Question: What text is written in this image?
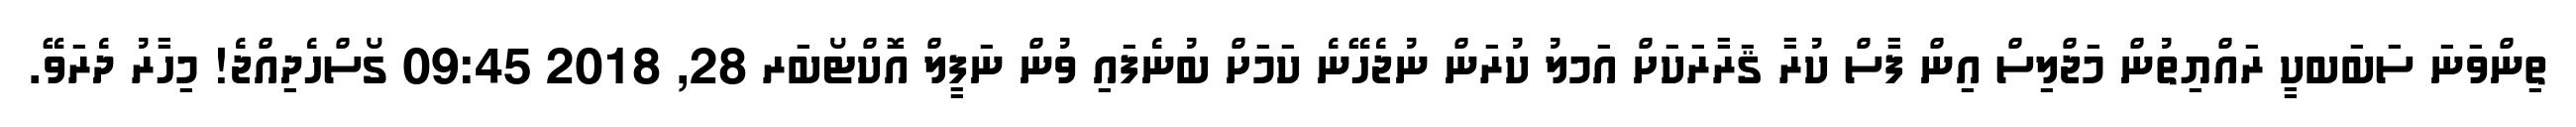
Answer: ތިންވަނަ ސަބަބކީ ރައްޔިތުން މަޖްލިސް އިން ފާސް ކުރާ ޤަރާރަކަށް އަމލު ކުރަން ނުޖެހޭނެ ކަމަށް ބުނެފައި ވުން ނަފީލް އޮކްޓޯބަރ 28, 2018 09:45 ގޯސްހެދިއްޖެ! މިހާރު ދެރަވޭ.